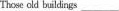
Those old buildings ___.